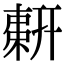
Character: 𢍫